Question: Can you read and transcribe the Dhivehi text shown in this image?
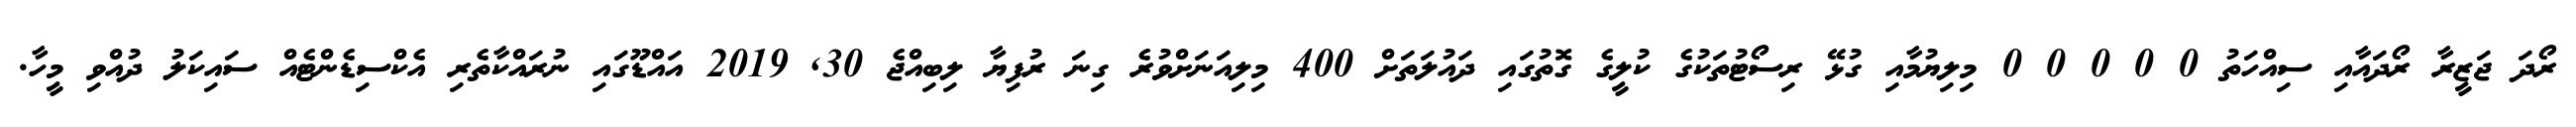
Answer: ރޯދަ ޖަޒީރާ ރޯދައާއި ސިއްހަތު 0 0 0 0 0 މިލިޔުމާއި ގުޅޭ ރިސޯޓުތަކުގެ ކުލީގެ ގޮތުގައި ދައުލަތަށް 400 މިލިއަނަށްވުރެ ގިނަ ރުފިޔާ ލިބިއްޖެ 30, 2019 އައްޑޫގައި ނުރައްކާތެރި އެކްސިޑެންޓެއް ސައިކަލު ދުއްވި މީހާ.